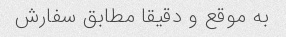
به موقع و دقیقا مطابق سفارش